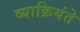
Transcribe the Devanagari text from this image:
व्याक्रियंते